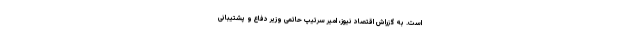
است. به گزراش اقتصاد نیوز، امیر سرتیپ حاتمی وزیر دفاع و پشتیبانی